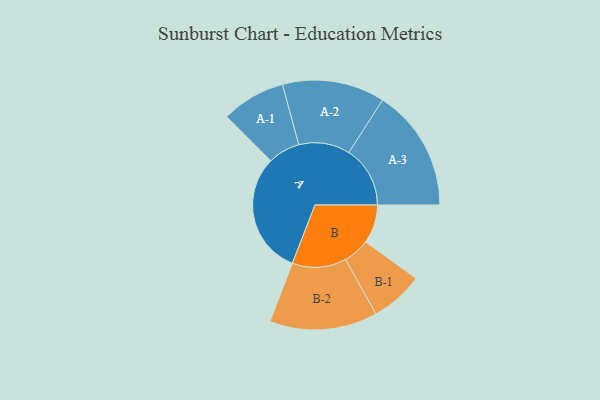
{"axis": {"x": "Segment", "y": "Value"}, "legend": ["", "A", "B"], "data": [{"x": "A", "y": 487, "type": ""}, {"x": "B", "y": 154, "type": ""}, {"x": "A-1", "y": 128, "type": "A"}, {"x": "A-2", "y": 205, "type": "A"}, {"x": "A-3", "y": 245, "type": "A"}, {"x": "B-1", "y": 106, "type": "B"}, {"x": "B-2", "y": 216, "type": "B"}]}